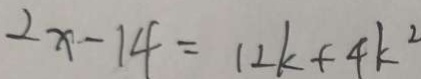
2 x - 1 4 = 1 2 k + 4 k ^ { 2 }